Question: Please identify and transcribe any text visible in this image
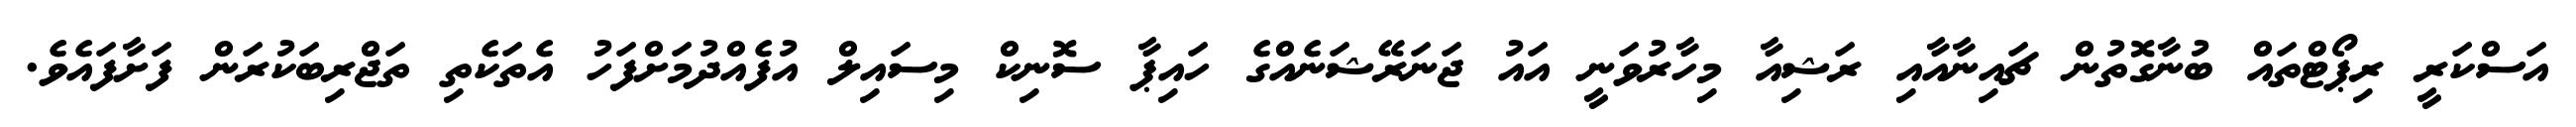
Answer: އަސްކަރީ ރިޕޯޓްތައް ބުނާގޮތުން ޗައިނާއާއި ރަޝިއާ މިހާރުވަނީ އައު ޖަނަރޭޝަނެއްގެ ހައިޕާ ސޮނިކް މިސައިލް އުފެއްދުމަށްފަހު އެތަކެތި ތަޖްރިބަކުރަން ފަށާފައެވެ.